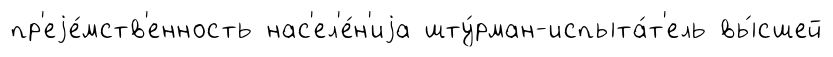
пр'еjе́мств'енность нас'ел'е́н'иjа шту́рман-испыта́т'ель вы́сшей